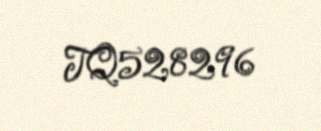
TQ528296